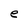
Character: e